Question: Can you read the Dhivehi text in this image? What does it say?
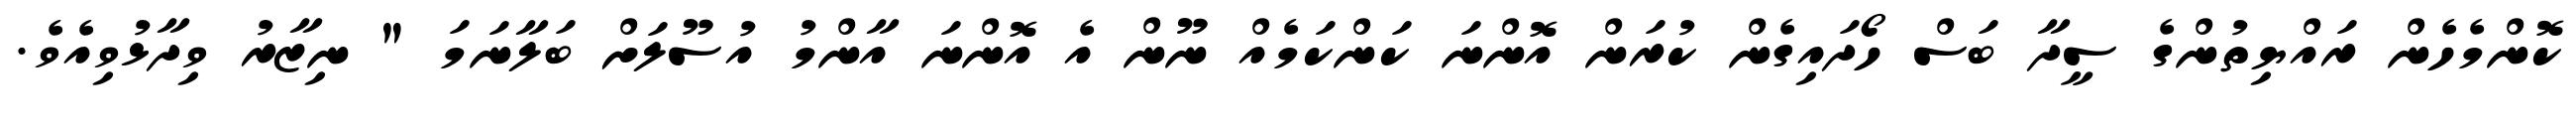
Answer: ކޮންމެހެން ރައްޔިތުންގެ ސީދާ ބަސް ހޯދައިގެން ކުރަން އޮންނަ ކަންކަމެއް ނޫން އެ އޮންނަ އާންމު އުސޫލަށް ބަލާނަމަ " ނިޒާރު ވިދާޅުވިއެވެ.